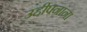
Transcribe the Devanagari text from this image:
उद्दीपनांना